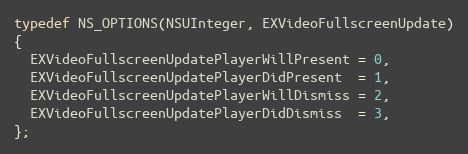
Language: C
typedef NS_OPTIONS(NSUInteger, EXVideoFullscreenUpdate)
{
  EXVideoFullscreenUpdatePlayerWillPresent = 0,
  EXVideoFullscreenUpdatePlayerDidPresent  = 1,
  EXVideoFullscreenUpdatePlayerWillDismiss = 2,
  EXVideoFullscreenUpdatePlayerDidDismiss  = 3,
};